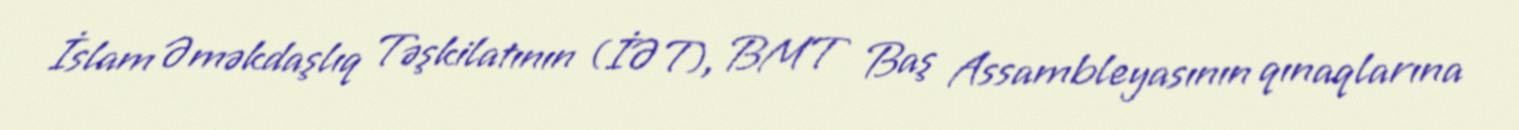
İslam Əməkdaşlıq Təşkilatının (İƏT), BMT Baş Assambleyasının qınaqlarına